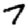
Digit: 7